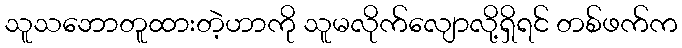
သူသဘောတူထားတဲ့ဟာကို သူမလိုက်လျောလို့ရှိရင် တစ်ဖက်က